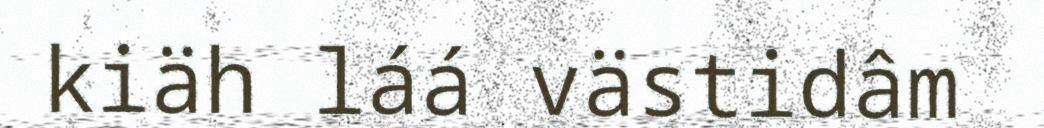
kiäh láá västidâm